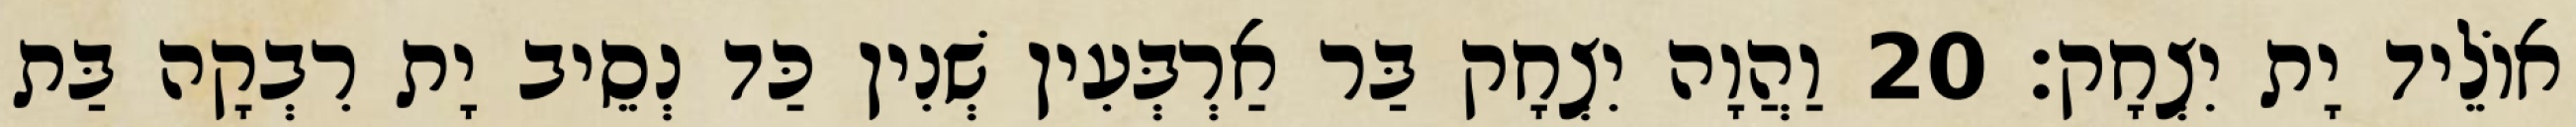
אוֹלֵיד יָת יִצְחָק׃ 20 וַהֲוָה יִצְחָק בַּר אַרְבְּעִין שְׁנִין כַּד נְסֵיב יָת רִבְקָה בַּת